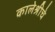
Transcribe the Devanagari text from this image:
कालेश्रीचे